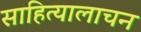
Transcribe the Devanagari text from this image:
साहित्यालाचन